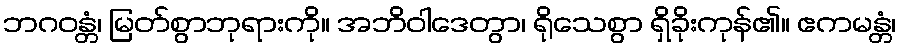
ဘဂဝန္တံ၊ မြတ်စွာဘုရားကို။ အဘိဝါဒေတွာ၊ ရိုသေစွာ ရှိခိုးကုန်၏။ ဧကမန္တံ၊